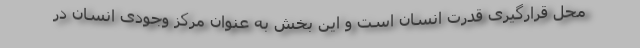
محل قرارگیری قدرت انسان است و این بخش به عنوان مرکز وجودی انسان در